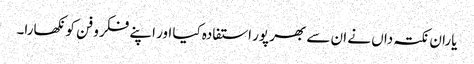
یاران نکتہ داں نے ان سے بھر پور استفادہ کیا اور اپنے فکر و فن کو نکھارا۔